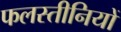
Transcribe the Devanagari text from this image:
फलस्तीनियों